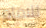
للامام